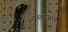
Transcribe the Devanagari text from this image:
शब्दांगार